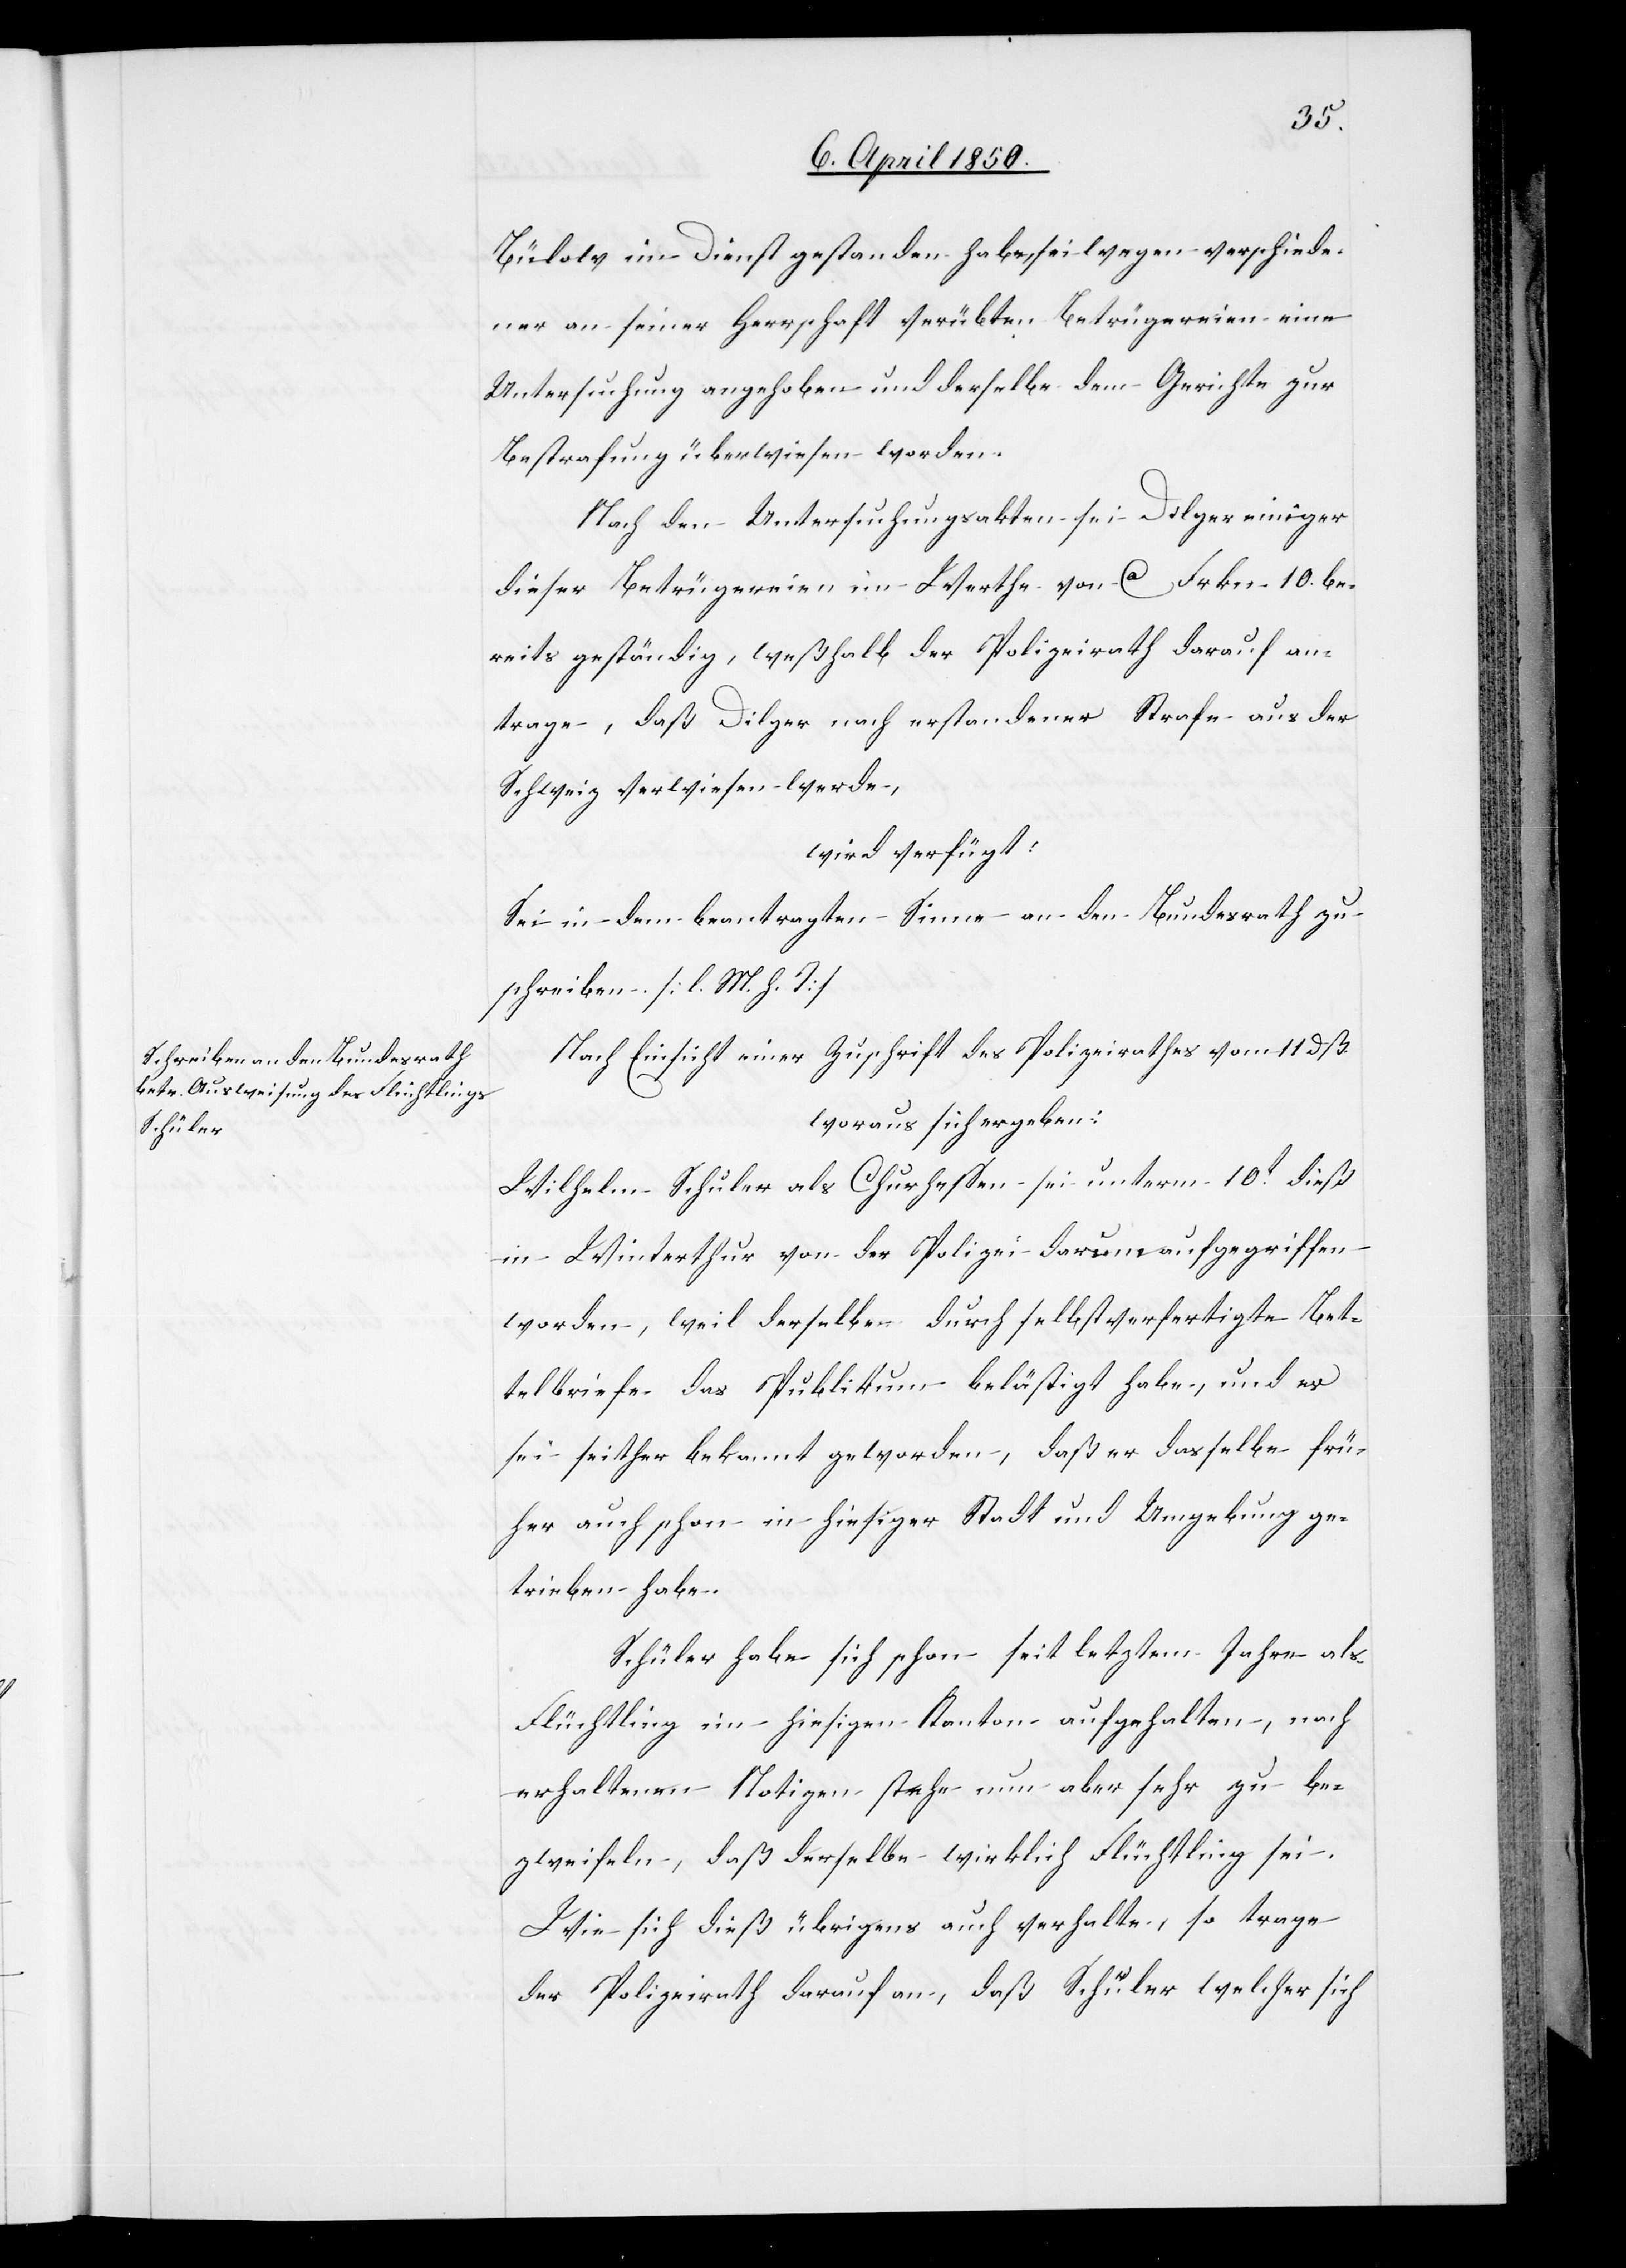
Schuler

Bülow im Dienst gestanden habe, sei wegen verschiede¬
ner an seiner Herrschaft verübten Betrügereien eine
Untersuchung angehoben und derselbe dem Gerichte zur
Bestrafung überwiesen worden.
Nach den Untersuchungsakten sei Dilger einiger
dieser Betrügereien im Werthe von ca Frkn. 10. be¬
reits geständig, weßhalb der Polizeirath darauf an¬
trage, daß Dilger nach erstandener Strafe aus der
Schweiz verwiesen werde,
wird verfügt:
Sei in dem beantragten Sinne an den Bundesrath zu
schreiben. [l. M. h. T]
Nach Einsicht einer Zuschrift des Polizeirathes vom 11 dß
woraus sich ergeben:
in Winterthur von der Polizei darum aufgegriffen
worden, weil derselbe durch selbstverfertigte Bet¬
telbriefe das Publikum belästigt habe, und es
sei seither bekannt geworden, daß er dasselbe frü¬
her auch schon in hiesiger Stadt und Umgebung ge¬
trieben habe.
Schuler habe sich schon seit letztem Jahre als
Flüchtling im hiesigen Kanton aufgehalten, nach
erhaltenen Notizen stehe nun aber sehr zu be¬
zweifeln, daß derselbe wirklich Flüchtling sei.
Wie sich dieß übrigens auch verhalte, so trage
der Polizeirath darauf an, daß Schuler welcher sich